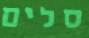
סלים